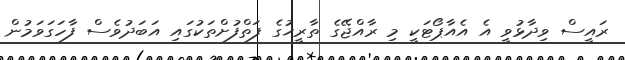
ރައީސް ވިދާޅުވީ އެ އެއާޕޯޓަކީ މި ރާއްޖޭގެ ތާރީޚުގެ ފަތްފުށްތަކުގައި އަބަދުވެސް ފާހަގަވަމުން